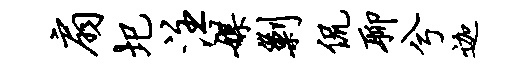
扇圯注媒剿侃聊兮迦